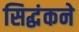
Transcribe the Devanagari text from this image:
सिद्धंकने